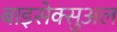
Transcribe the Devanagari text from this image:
बाइसेक्सुअल